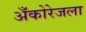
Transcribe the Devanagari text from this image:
अँकोरेजला